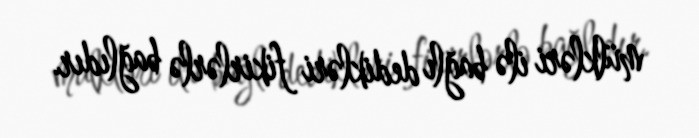
mülkləri ilə bağlı dedikləri fikirlərlə bağlıdır.